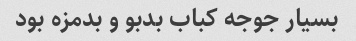
بسیار جوجه کباب بدبو و بدمزه بود